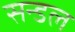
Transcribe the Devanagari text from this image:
सन्डल